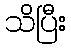
သိပြီး